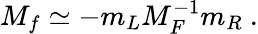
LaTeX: M_{f}\simeq-m_{L}M_{F}^{-1}m_{R}\ .